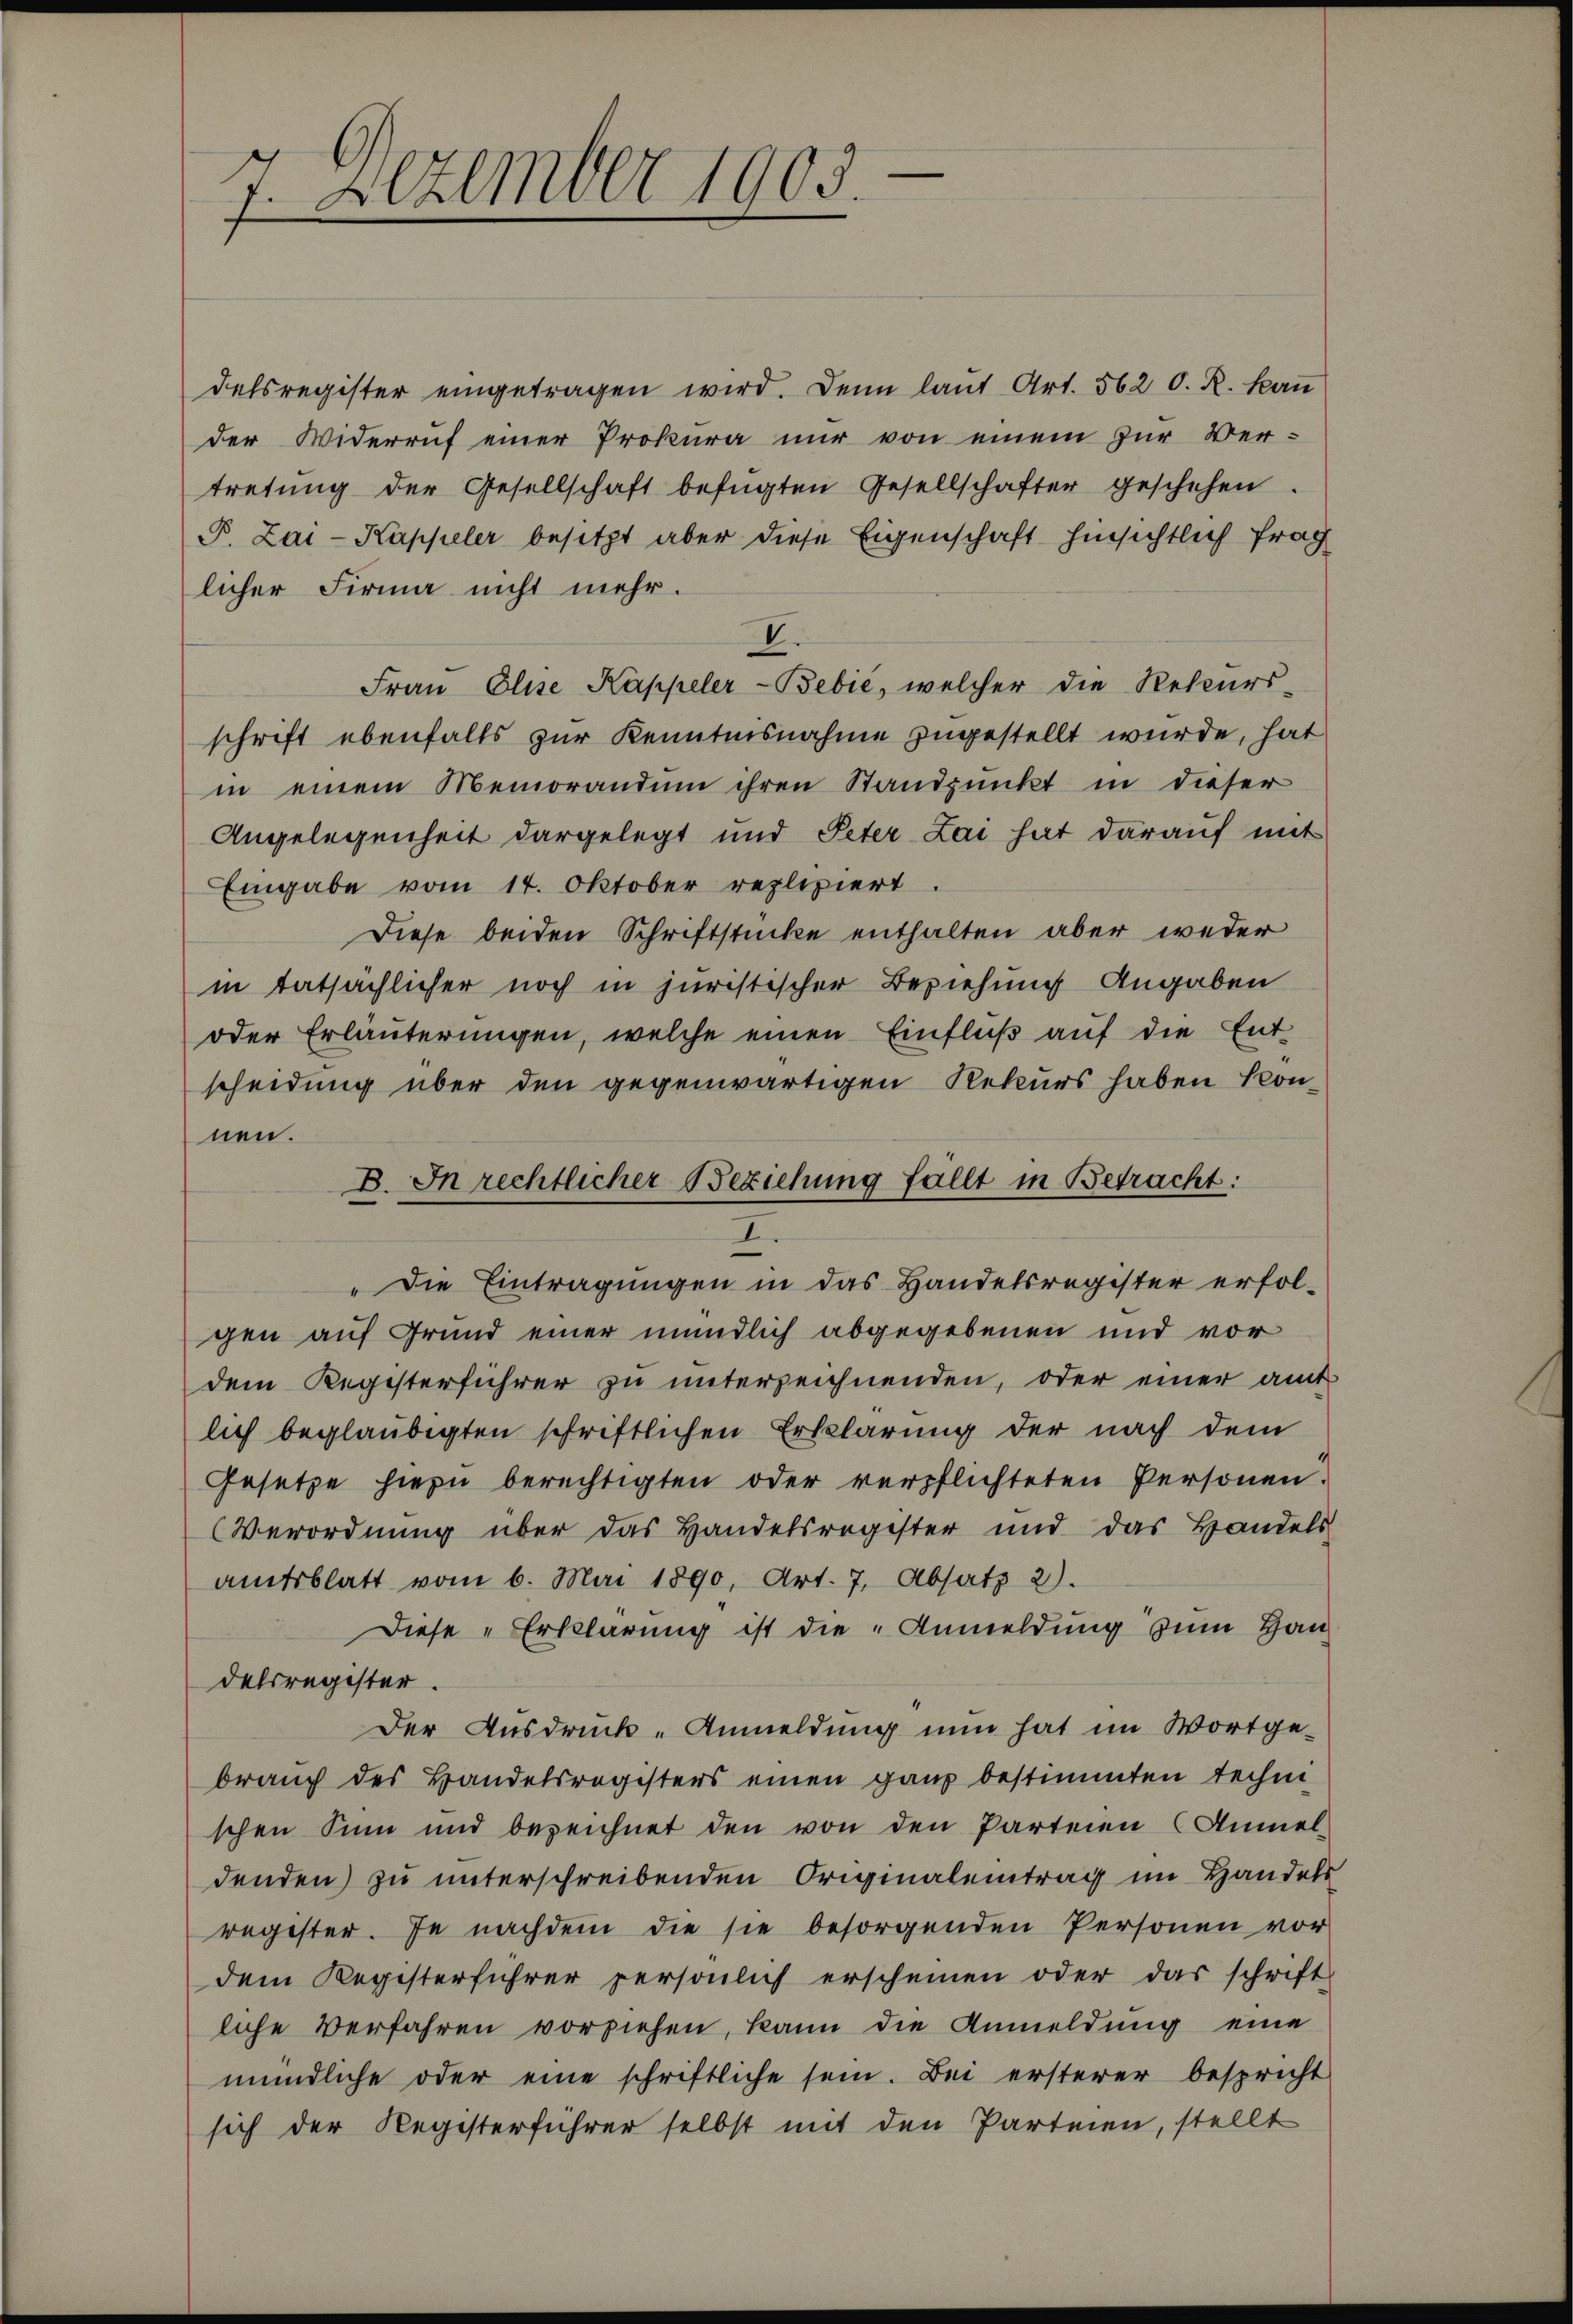
7. Dezember 1903

delsregister eingetragen wird. Denn laut Art. 562 O. R. kan
der Widerruf einer Prokura nur von einem zur Vertretŭng der Gesellschaft befügten Gesellschafter geschehen.
P. Zai-Kappeler besitzt aber diese Eigenschaft hinsichtlich frag
licher Firma nicht mehr.
V.
Fraŭ Elise Kappeler-Bebić, welcher die Rekurs-
schrift ebenfalls zur Kenntnisnahme zugestellt wurde, hat
in einem Memorandum ihren Standpunkt in dieser
Angelegenheit dargelegt und Peter Lai hat darauf mit
Eingabe vom 14. Oktober repliziert.
Diese beiden Schriftstücke enthalten aber weder
in tatsächlicher noch in juristischer Beziehung Angaben
oder Erläuterungen, welche einen Einfluß auf die Ent
scheidung über den gegenwärtigen Rekurs haben kon-
nen.
"Die Eintragungen in das Handelsregister erfolgen auf Grund einer mündlich abgegebenen und vor
dem Registerführer zu unterzeichnenden, oder einer amt
lich beglaubigten schriftlichen Erklärung der nach dem
Gesetze hiezu berechtigten oder verpflichteten Personen.
Verordnung über das Handelsregister und das Handels
amtsblatt vom 6. Mai 1890, Art. 7, Absatz 2).
Diese „Erklärung ist die „Anmeldung zum Hau
delsregister.
Der Ausdruck-Anmeldung nun hat im Wortge-
brauch des Handelsregisters einen ganz bestimmten techni
schen Sinn und bezeichnet den von den Parteien (Anmeldenden) zu unterschreibenden Originalentrag im Handels
register. Je nachdem die sie besorgenden Personen vor
dem Registerführer persönlich erscheinen oder das schrift
liche Verfahren vorziehen, kann die Anmeldung eine
mündliche oder eine schriftliche sein. Bei ersterer bespricht
sich der Registerführer selbst mit den Parteien, stellt

B. In rechtlicher Beziehung fällt in Betracht:
I.